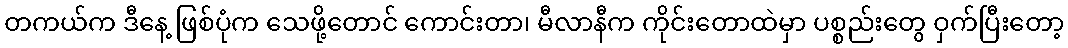
တကယ်က ဒီနေ့ ဖြစ်ပုံက သေဖို့တောင် ကောင်းတာ၊ မီလာနီက ကိုင်းတောထဲမှာ ပစ္စည်းတွေ ဝှက်ပြီးတော့